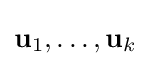
\mathbf {u} _{1},\ldots ,\mathbf {u} _{k}